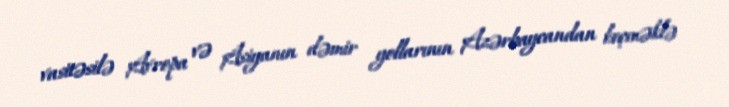
vasitəsilə Avropa və Asiyanın dəmir yollarının Azərbaycandan keçməklə